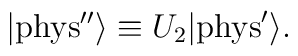
|{\rm{phys''}} \rangle \equiv U_2 |{\rm{phys}}^\prime \rangle.